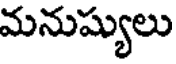
మనుష్యులు